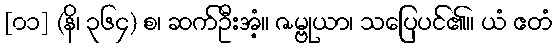
[၀၁] (နိ၊ ၃၆၄) စ၊ ဆက်ဦးအံ့။ ဇမ္ဗုယာ၊ သပြေပင်၏။ ယံ ဧတံ